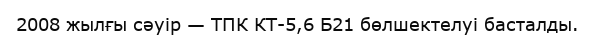
2008 жылғы сәуір — ТПК КТ-5,6 Б21 бөлшектелуі басталды.